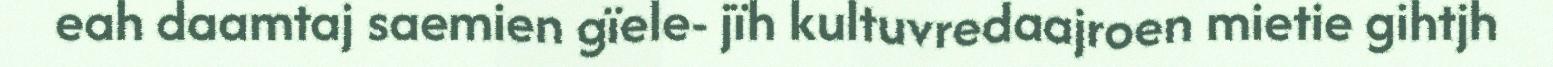
eah daamtaj saemien gïele- jïh kultuvredaajroen mietie gihtjh